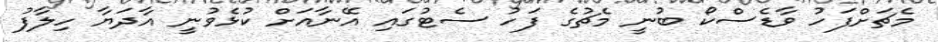
މެޗަށްފަހު ވާޑެސްކޯ ބުނީ މެޗުގެ ފަހު ސެޓުގައި އޭނާއަށް ކުޅެވުނީ އާދަޔާ ހިލާފު